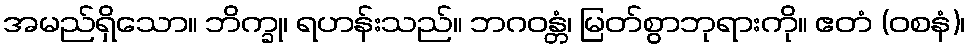
အမည်ရှိသော။ ဘိက္ခု၊ ရဟန်းသည်။ ဘဂဝန္တံ၊ မြတ်စွာဘုရားကို။ ဧတံ (ဝစနံ)၊